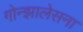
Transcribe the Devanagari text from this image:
गोन्झालेसना